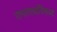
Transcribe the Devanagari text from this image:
रामारावांविरूध्द